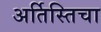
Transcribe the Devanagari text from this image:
अर्तिस्तिचा